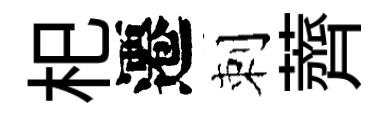
𣏌遷刺薺